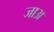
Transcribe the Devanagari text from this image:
जाअ